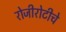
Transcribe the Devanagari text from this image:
रोजीरोटीचे